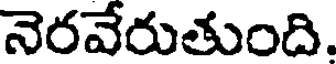
నెరవేరుతుంది.